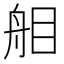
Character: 𦨧